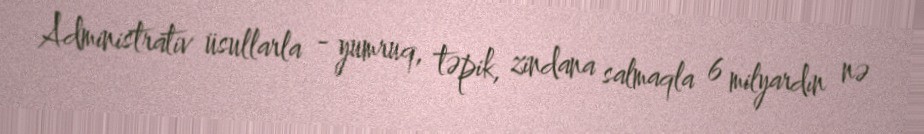
Administrativ üsullarla - yumruq, təpik, zindana salmaqla 6 milyardın nə